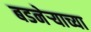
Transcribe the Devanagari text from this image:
बडनेर्‍याच्या